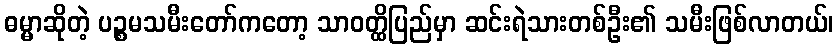
ဓမ္မာဆိုတဲ့ ပဉ္စမသမီးတော်ကတော့ သာဝတ္ထိပြည်မှာ ဆင်းရဲသားတစ်ဦး၏ သမီးဖြစ်လာတယ်၊